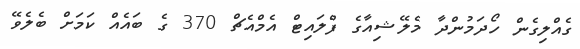
ގެއްލިގެން ހޯދަމުންދާ މެލޭޝިއާގެ ފްލައިޓް އެމްއެޗް 370 ގެ ބައެއް ކަމަށް ބެލެވޭ